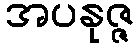
အပနုဇ္ဇ